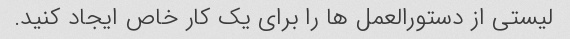
لیستی از دستورالعمل ها را برای یک کار خاص ایجاد کنید.